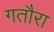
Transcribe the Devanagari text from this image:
गतौरा